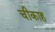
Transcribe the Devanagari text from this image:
चीकाह